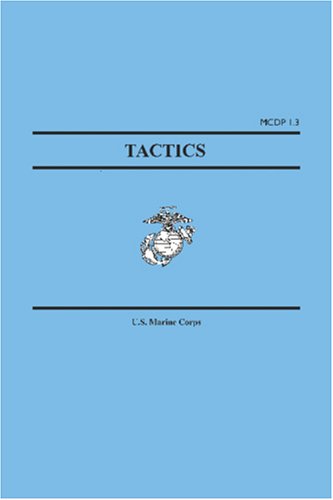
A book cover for Tactics (Marine Corps Doctrinal Publications MCDP 1.3); United Stated Marine Corps.; Engineering & Transportation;